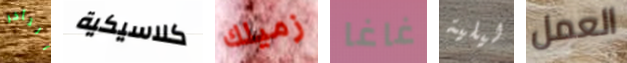
التأخر كلاسيكية زميلك غاغا ليلية العمل